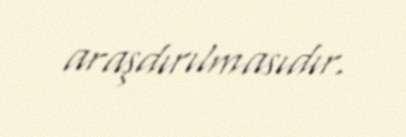
araşdırılmasıdır.